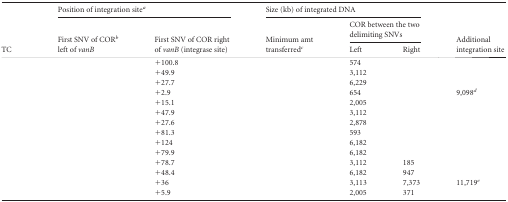
<table><thead><tr><td rowspan="3"><b>TC</b></td><td colspan="2"><b>Position of integration site<sup><i>a</i></sup></b></td><td colspan="3"><b>Size (kb) of integrated DNA</b></td><td rowspan="3"><b>Additional integration site</b></td></tr><tr><td rowspan="2"><b>First SNV of COR<sup><i>b</i></sup> left of <i>vanB</i></b></td><td rowspan="2"><b>First SNV of COR right of <i>vanB</i> (integrase site)</b></td><td rowspan="2"><b>Minimum amt transferred<sup><i>c</i></sup></b></td><td colspan="2"><b>COR between the two delimiting SNVs</b></td></tr><tr><td><b>Left</b></td><td><b>Right</b></td></tr></thead><tbody><tr><td>[EMPTY_CELL]</td><td>[EMPTY_CELL]</td><td>+100.8</td><td>[EMPTY_CELL]</td><td>574</td><td>[EMPTY_CELL]</td><td>[EMPTY_CELL]</td></tr><tr><td>[EMPTY_CELL]</td><td>[EMPTY_CELL]</td><td>+49.9</td><td>[EMPTY_CELL]</td><td>3,112</td><td>[EMPTY_CELL]</td><td>[EMPTY_CELL]</td></tr><tr><td>[EMPTY_CELL]</td><td>[EMPTY_CELL]</td><td>+27.7</td><td>[EMPTY_CELL]</td><td>6,229</td><td>[EMPTY_CELL]</td><td>[EMPTY_CELL]</td></tr><tr><td>[EMPTY_CELL]</td><td>[EMPTY_CELL]</td><td>+2.9</td><td>[EMPTY_CELL]</td><td>654</td><td>[EMPTY_CELL]</td><td>9,098<sup><i>d</i></sup></td></tr><tr><td>[EMPTY_CELL]</td><td>[EMPTY_CELL]</td><td>+15.1</td><td>[EMPTY_CELL]</td><td>2,005</td><td>[EMPTY_CELL]</td><td>[EMPTY_CELL]</td></tr><tr><td>[EMPTY_CELL]</td><td>[EMPTY_CELL]</td><td>+47.9</td><td>[EMPTY_CELL]</td><td>3,112</td><td>[EMPTY_CELL]</td><td>[EMPTY_CELL]</td></tr><tr><td>[EMPTY_CELL]</td><td>[EMPTY_CELL]</td><td>+27.6</td><td>[EMPTY_CELL]</td><td>2,878</td><td>[EMPTY_CELL]</td><td>[EMPTY_CELL]</td></tr><tr><td>[EMPTY_CELL]</td><td>[EMPTY_CELL]</td><td>+81.3</td><td>[EMPTY_CELL]</td><td>593</td><td>[EMPTY_CELL]</td><td>[EMPTY_CELL]</td></tr><tr><td>[EMPTY_CELL]</td><td>[EMPTY_CELL]</td><td>+124</td><td>[EMPTY_CELL]</td><td>6,182</td><td>[EMPTY_CELL]</td><td>[EMPTY_CELL]</td></tr><tr><td>[EMPTY_CELL]</td><td>[EMPTY_CELL]</td><td>+79.9</td><td>[EMPTY_CELL]</td><td>6,182</td><td>[EMPTY_CELL]</td><td>[EMPTY_CELL]</td></tr><tr><td>[EMPTY_CELL]</td><td>[EMPTY_CELL]</td><td>+78.7</td><td>[EMPTY_CELL]</td><td>3,112</td><td>185</td><td>[EMPTY_CELL]</td></tr><tr><td>[EMPTY_CELL]</td><td>[EMPTY_CELL]</td><td>+48.4</td><td>[EMPTY_CELL]</td><td>6,182</td><td>947</td><td>[EMPTY_CELL]</td></tr><tr><td>[EMPTY_CELL]</td><td>[EMPTY_CELL]</td><td>+36</td><td>[EMPTY_CELL]</td><td>3,113</td><td>7,373</td><td>11,719<sup><i>e</i></sup></td></tr><tr><td>[EMPTY_CELL]</td><td>[EMPTY_CELL]</td><td>+5.9</td><td>[EMPTY_CELL]</td><td>2,005</td><td>371</td><td>[EMPTY_CELL]</td></tr></tbody></table>